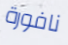
نافورة